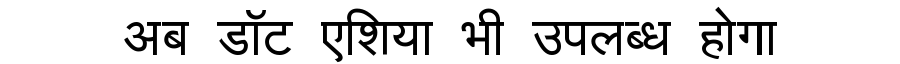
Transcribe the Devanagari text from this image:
अब डॉट एशिया भी उपलब्ध होगा